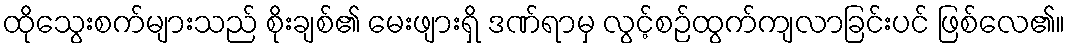
ထိုသွေးစက်များသည် စိုးချစ်၏ မေးဖျားရှိ ဒဏ်ရာမှ လွင့်စဉ်ထွက်ကျလာခြင်းပင် ဖြစ်လေ၏။